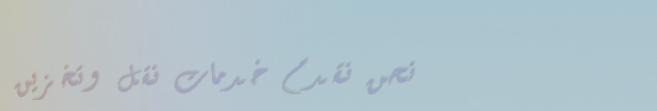
نحن نقدم خدمات نقل وتخزين